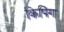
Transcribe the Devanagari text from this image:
किपिंग